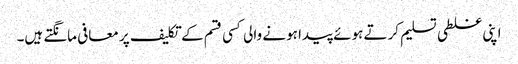
اپنی غلطی تسلیم کرتے ہوئے پیدا ہونے والی کسی قسم کے تکلیف پر معافی مانگتے ہیں۔